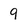
Character: 9